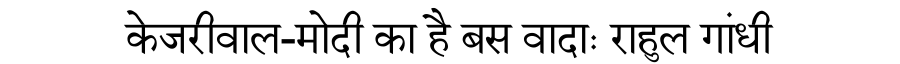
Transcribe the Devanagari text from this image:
केजरीवाल-मोदी का है बस वादाः राहुल गांधी